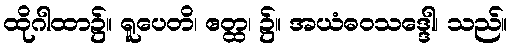
ထိုဂါထာ၌။ ရူပေတိ၊ ဧတ္ထ၊ ၌။ အယံဓဝသဒ္ဒေါ၊ သည်။